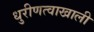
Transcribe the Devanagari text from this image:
धुरीणत्वाखाली